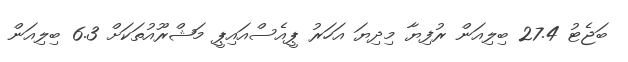
ބަޖެޓު 27.4 ބިލިއަން ރުފިޔާ މިދިޔަ އަހަރު ޕީއެސްއައިޕީ މަޝްރޫއުތަކަށް 6.3 ބިލިއަން